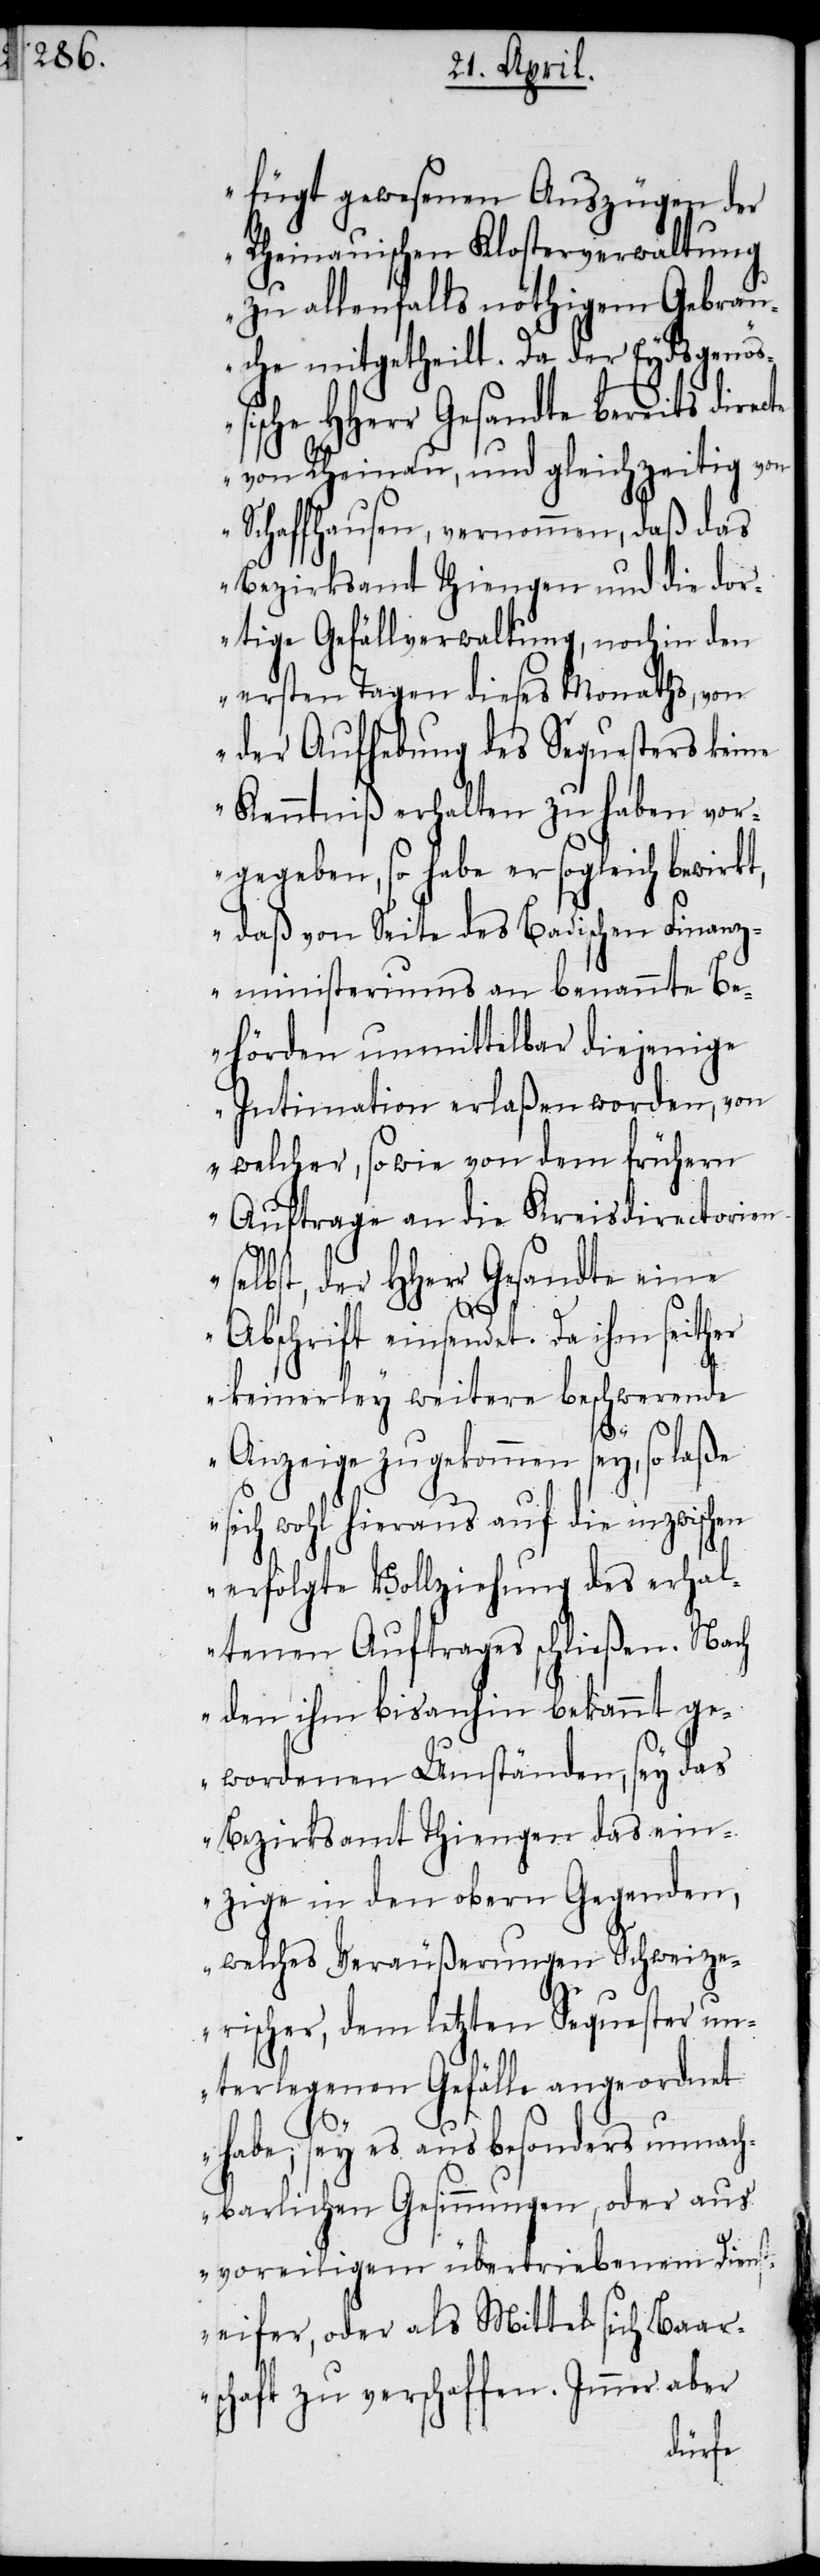
fügt gewesenen Auszügen der
Rheinauischen Klosterverwaltung
zu allenfalls nöthigem Gebrau¬
che mitgetheilt. Da der Eydsgenöß¬
ische HHerr Gesandte bereits dire¬
von Rheinau, und gleichzeitig von
Schaffhausen, vernommen, daß das
Bezirksamt Thiengen und die dor¬
tige Gefällverwaltung, noch in den
ersten Tagen dieses Monaths, von
der Aufhebung des Sequesters keine
Kenntniß erhalten zu haben vor¬
gegeben, so habe er sogleich bewirkt,
daß von Seite des Badischen Finanz¬
ministeriums an benannte Be¬
hörden unmittelbar diejenige
Intimation erlaßen worden, von
welcher, so wie von dem frühern
Auftrage an die Kreisdirectorien
selbst der HHerr Gesandte eine
Abschrift einsendet. Da ihm seither
keinerley weitere beschwerende
en
Anzeige zugekommen sey, so laße
sich wohl hieraus auf die inzwisch¬
erfolgte Vollziehung des erhal¬
tenen Auftrages schließen. Nach
den ihm bisanhin bekannt ge¬
wordenen Umständen, sey das
Bezirksamt Thiengen das ein¬
zige in den obern Gegenden,
welches Veräußerungen Schweize¬
rischer, dem letzten Sequester un¬
terlegenen Gefälle angeordnet
habe; sey es aus besonders unnach¬
barlichen Gesinnungen, oder aus
voreiligem übertriebenem Dienst¬
eifer, oder als Mittel sich Baar¬
schaft zu verschaffen. Immer aber